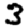
Digit: 3